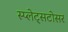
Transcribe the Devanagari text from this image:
स्प्लेट्सटोसर